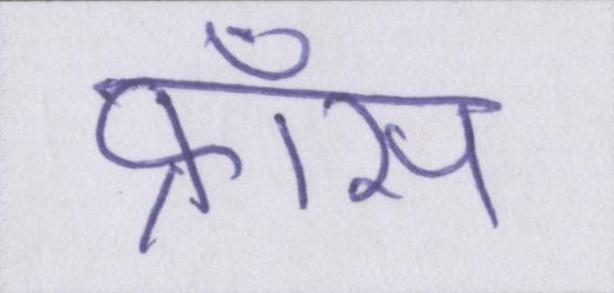
फ्राँस